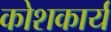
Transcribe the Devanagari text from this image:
कोशकार्य